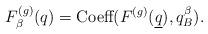
LaTeX: \begin{align*}F^{(g)}_{\beta}(q) = \textrm{Coeff}(F^{(g)}(\underline{q}),q_B^{\beta}).\end{align*}